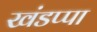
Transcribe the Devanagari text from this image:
खंडप्पा